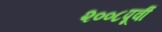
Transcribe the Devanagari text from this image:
२००८पूर्वी